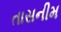
તાસનીમ